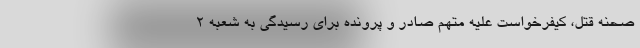
صحنه قتل، کیفرخواست علیه متهم صادر و پرونده برای رسیدگی به شعبه ۲